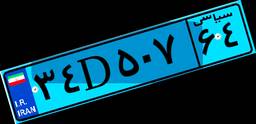
۲۶D۲۰۰۷۰